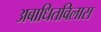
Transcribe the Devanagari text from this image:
अबाधितविलास